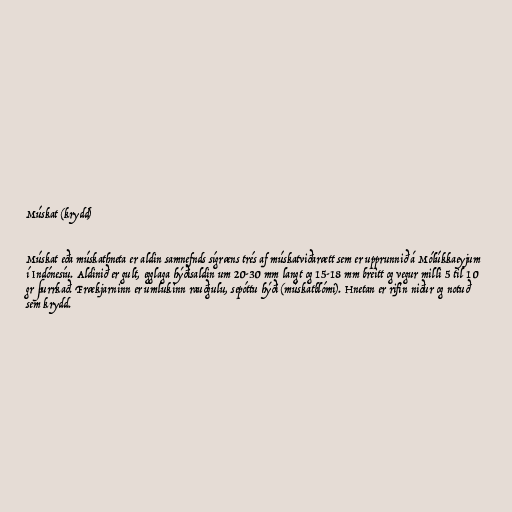
Múskat (krydd)

Múskat eða múskathneta er aldin samnefnds sígræns trés af múskatviðarætt sem er upprunnið á Mólúkkaeyjum
í Indónesíu. Aldinið er gult, egglaga hýðisaldin um 20-30 mm langt og 15-18 mm breitt og vegur milli 5 til 10
gr þurrkað. Frækjarninn er umlukinn rauðgulu, sepóttu hýði (múskatblómi). Hnetan er rifin niður og notuð
sem krydd.